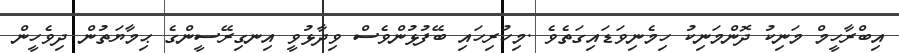
އިބްރާހީމް މަނިކު ދޮންމަނިކު ހިމެނިވަޑައިގަތެވެ .މިހުރިހައި ބޭފުޅުންވެސް ވިދާޅުވީ އިނގިރޭސީންގެ ޙިމާޔަތުން ދިވެހީން